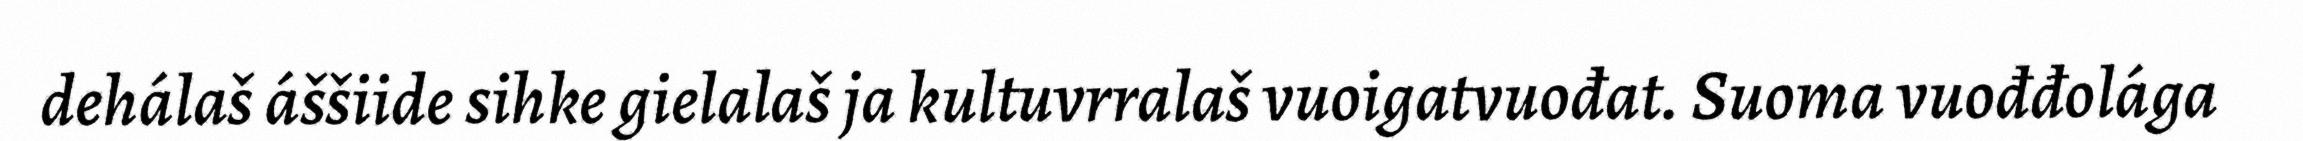
dehálaš áššiide sihke gielalaš ja kultuvrralaš vuoigatvuođat. Suoma vuođđolága